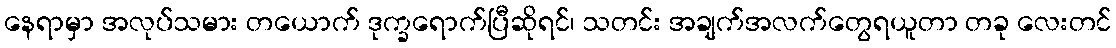
နေရာမှာ အလုပ်သမား တယောက် ဒုက္ခရောက်ပြီဆိုရင်၊ သတင်း အချက်အလက်တွေရယူတာ တခု လေးတင်